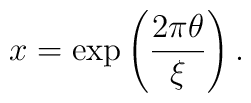
x=\exp\left(\frac{2\pi\theta}{\xi}\right) .